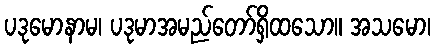
ပဒုမောနာမ၊ ပဒုမာအမည်တော်ရှိထသော။ အသမော၊